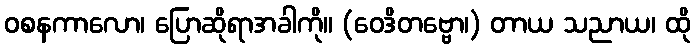
ဝစနကာလော၊ ပြောဆိုရာအခါကို။ (ဝေဒိတဗ္ဗော၊) တာယ သညာယ၊ ထို